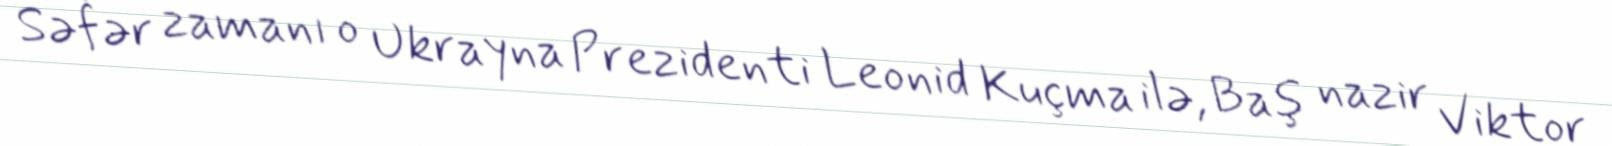
Səfər zamanı o Ukrayna Prezidenti Leonid Kuçma ilə, Baş nazir Viktor